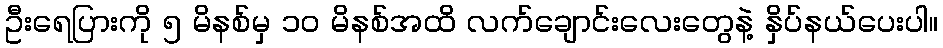
ဦးရေပြားကို ၅ မိနစ်မှ ၁၀ မိနစ်အထိ လက်ချောင်းလေးတွေနဲ့ နှိပ်နယ်ပေးပါ။